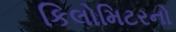
કિલોમિટરનો